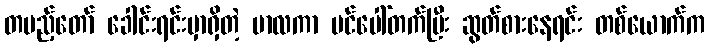
တပည့်တော် ခေါင်းရင်းမှာရှိတဲ့ မာလကာ ပင်ပေါ်တက်ပြီး ဆွတ်စားနေရင်း တစ်ယောက်က